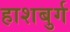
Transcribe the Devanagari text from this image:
हाशबुर्ग